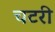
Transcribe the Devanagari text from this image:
चटरी